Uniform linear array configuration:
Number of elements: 64
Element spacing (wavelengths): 0.25
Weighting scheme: hann
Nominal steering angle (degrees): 30
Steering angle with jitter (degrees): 30.709
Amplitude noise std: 0.05
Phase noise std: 0.05

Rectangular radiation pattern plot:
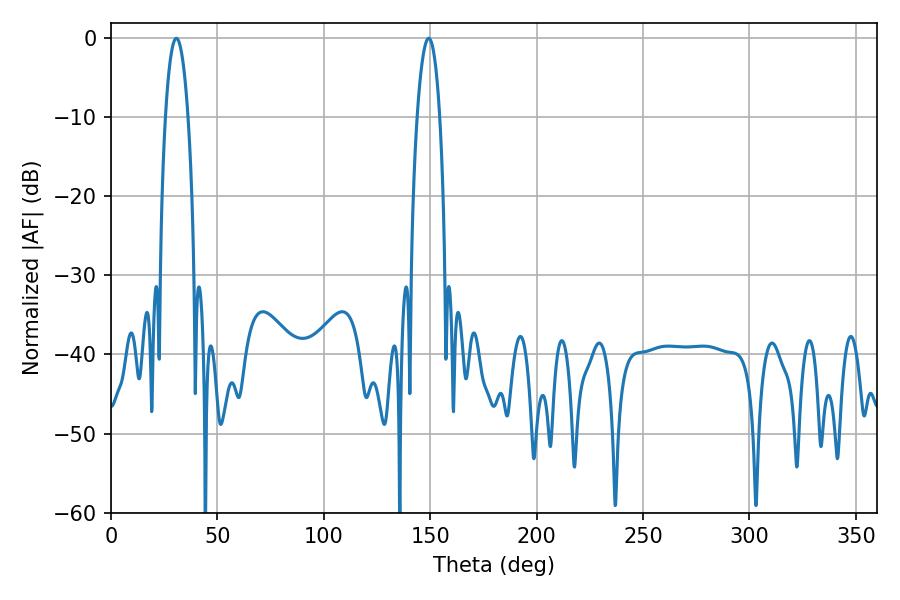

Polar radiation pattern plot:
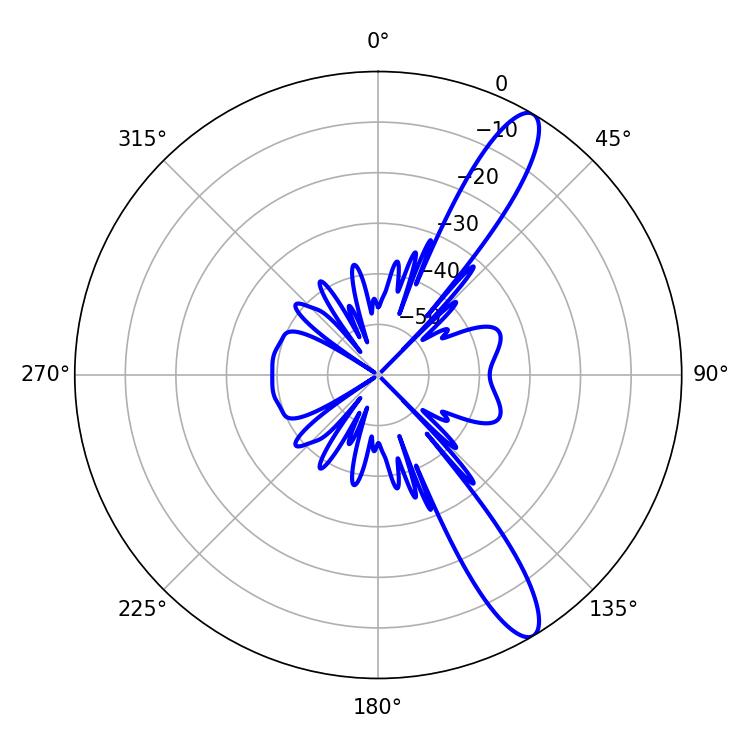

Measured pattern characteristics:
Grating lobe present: FALSE
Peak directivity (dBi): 12.466
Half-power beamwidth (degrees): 5.76
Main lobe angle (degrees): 30.78